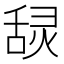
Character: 𰰄